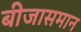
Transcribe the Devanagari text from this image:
बीजासमान